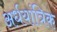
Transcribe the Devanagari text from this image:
अर्धयांत्रिक